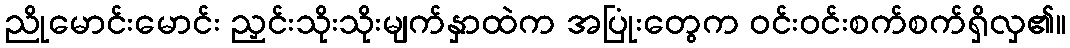
ညိုမောင်းမောင်း ညှင်းသိုးသိုးမျက်နှာထဲက အပြုံးတွေက ဝင်းဝင်းစက်စက်ရှိလှ၏။